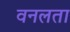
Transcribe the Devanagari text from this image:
वनलता